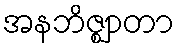
အနဘိဇ္ဈာတာ